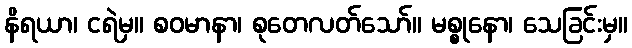
နိရယာ၊ ငရဲမှ။ စဝမာနာ၊ စုတေလတ်သော်။ မစ္စုနော၊ သေခြင်းမှ။